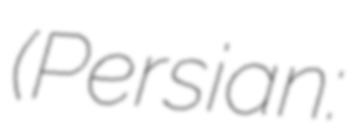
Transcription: (Persian: